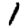
Digit: 1